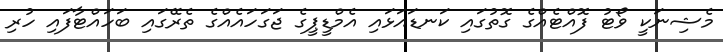
މެޝިނަކީ ވޯޓު ފޮއްޓެއްގެ ގޮތުގައި ކަނޑައަޅައި އެމްޑީޕީގެ ޖަގަހައެއްގެ ތެރޭގައި ބަހައްޓާފައި ހުރި